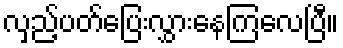
လှည့်ပတ်ပြေးလွှားနေကြလေပြီ။